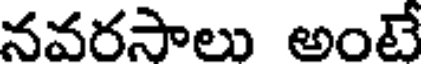
నవరసాలు అంటే